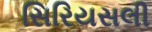
સિરિયસલી